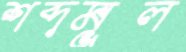
শব্দমূল